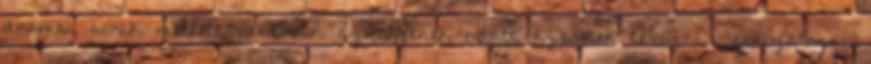
drámai sorik mellett pontosan az ilyenek miatt szeretek tévézni sorozatozni